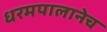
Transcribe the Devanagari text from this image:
धरमपालानेच